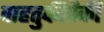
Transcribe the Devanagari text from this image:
वाहतुकीपैकी